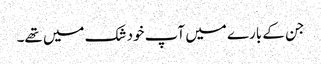
جن کے بارے میں آپ خود شک میں تھے۔